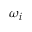
\omega _ { i }